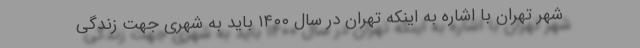
شهر تهران با اشاره به اینکه تهران در سال ۱۴۰۰ باید به شهری جهت زندگی